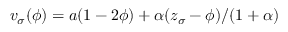
v _ { \sigma } ( \phi ) = a ( 1 - 2 \phi ) + \alpha ( z _ { \sigma } - \phi ) / ( 1 + \alpha )